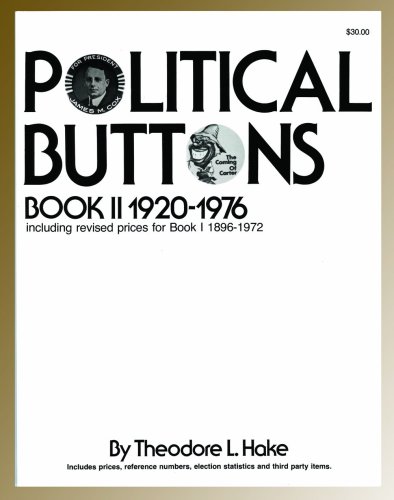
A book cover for Political Buttons, Book II 1920-1976 (Including Revised Prices for Book I: 1896-1972); Theodore L. Hake; Crafts, Hobbies & Home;